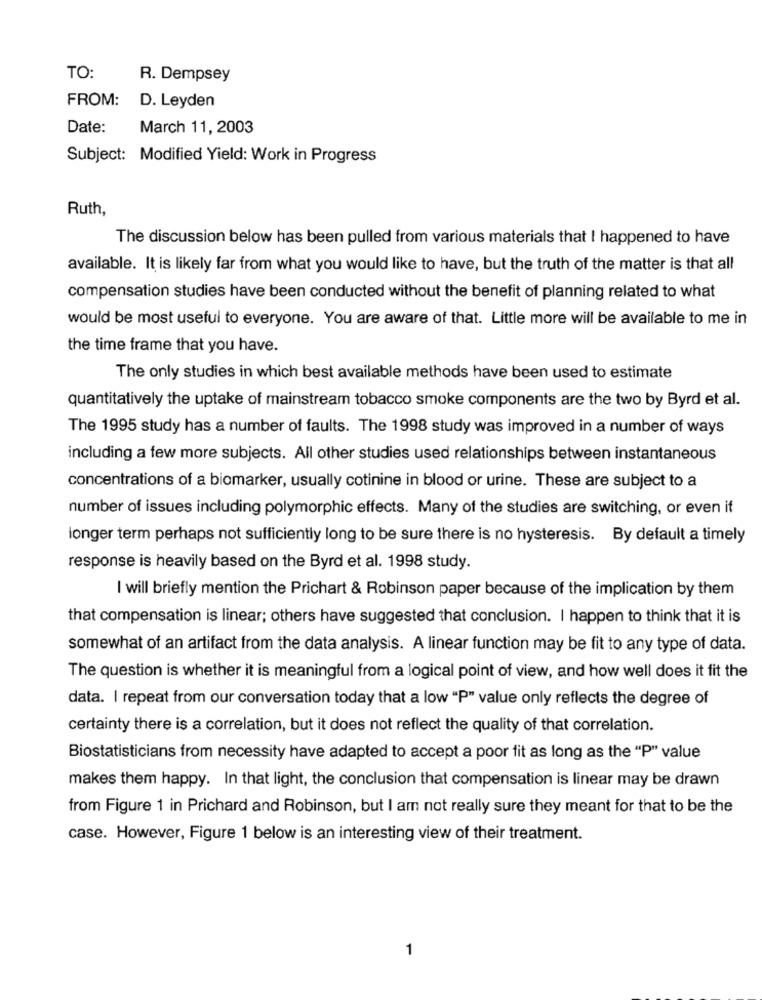
TO:
R. Dempsey
FROM:
D. Leyden
Date:
March 11, 2003
Subject: Modified Yield: Work in Progress
Ruth,
The discussion below has been pulled from various materials that I happened to have
available. It is likely far from what you would like to have, but the truth of the matter is that all
compensation studies have been conducted without the benefit of planning related to what
would be most useful to everyone. You are aware of that. Little more will be available to me in
the time frame that you have.
The only studies in which best available methods have been used to estimate
quantitatively the uptake of mainstream tobacco smoke components are the two by Byrd et al.
The 1995 study has a number of faults. The 1998 study was improved in a number of ways
including a few more subjects. All other studies used relationships between instantaneous
concentrations of a biomarker, usually cotinine in blood or urine. These are subject to a
number of issues including polymorphic effects. Many of the studies are switching, or even it
longer term perhaps not sufficiently long to be sure there is no hysteresis. By default a timely
response is heavily based on the Byrd et al. 1998 study.
I will briefly mention the Prichart & Robinson paper because of the implication by them
that compensation is linear; others have suggested that conclusion. I happen to think that it is
somewhat of an artifact from the data analysis. A linear function may be fit to any type of data.
The question is whether it is meaningful from a logical point of view, and how well does it fit the
data. I repeat from our conversation today that a low "P" value only reflects the degree of
certainty there is a correlation, but it does not reflect the quality of that correlation.
Biostatisticians from necessity have adapted to accept a poor fit as long as the "P" value
makes them happy. In that light, the conclusion that compensation is linear may be drawn
from Figure 1 in Prichard and Robinson, but I am not really sure they meant for that to be the
case. However, Figure 1 below is an interesting view of their treatment.
1